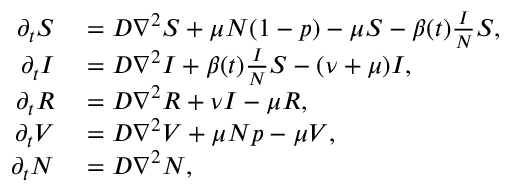
\begin{array} { r l } { \partial _ { t } S } & { { } = D \nabla ^ { 2 } S + \mu N ( 1 - p ) - \mu S - \beta ( t ) \frac { I } { N } S , } \\ { \partial _ { t } I } & { { } = D \nabla ^ { 2 } I + \beta ( t ) \frac { I } { N } S - ( \nu + \mu ) I , } \\ { \partial _ { t } R } & { { } = D \nabla ^ { 2 } R + \nu I - \mu R , } \\ { \partial _ { t } V } & { { } = D \nabla ^ { 2 } V + \mu N p - \mu V , } \\ { \partial _ { t } N } & { { } = D \nabla ^ { 2 } N , } \end{array}